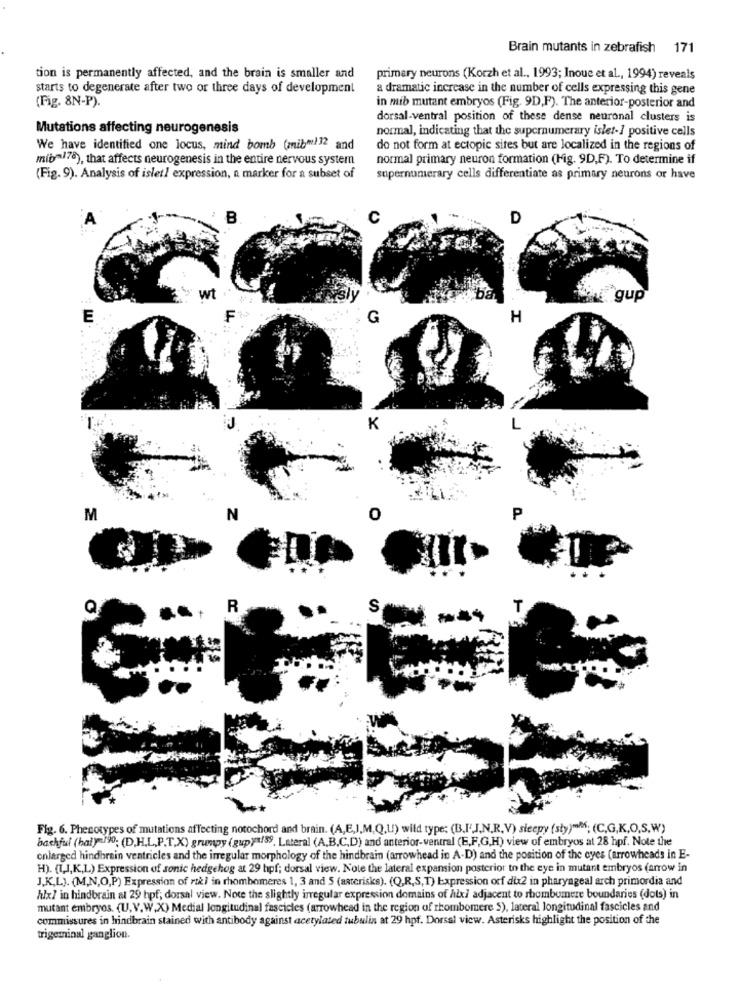
Brain mutants in zebrafish 171
tion is permanently affected, and the brain is smaller and
primary neurons (Korzh et al ., 1993; Inoue et al ., 1994) reveals
starts to degenerate after two or three days of development
a dramatic increase in the number of cells expressing this gene
(Fig. 8N-P).
in mib mutant embryos (Fig. 9D,F). The anterior-posterior and
dorsal-ventral position of these dense neuronal clusters is
Mutations affecting neurogenesis
normal, indicating that the supernumerary islet-1 positive cells
We have identified one locus, mind bomb (mibm)32 and
do not form at ectopic sites but are localized in the regions of
mibm178), that affects neurogenesis in the entire nervous system
normal primary neuron formation (Fig. 9D,F). To determine if
(Fig. 9). Analysis of islet/ expression, n marker for a subset of
supernumerary cells differentiate as primary neurons or have
C
D
wt
gup
E
LL
H
P
M
R
Fig. 6. Phenotypes of mutations affecting notochord and brain. (A,E,J,M,Q,U) wild type: (B.I',J.N.R.V) sieepy (sty)"; (C,G,K,O,S,W)
bashful (hal)-190; (D.H.L.P.T,X) grumpy (gup) /59. Lateral (A,B,C,D) and anterior-ventral (E,F,G,H) view of embryos at 28 hpf. Note the
enlarged hindbrain ventricles and the irregular morphology of the hindbrain (arrowhead in A-D) and the position of the eyes (arrowheads in E-
H). (T.J,K,L) Expression of sonic hedgehog at 29 hpf; dorsal view. Note the lateral expansion posterior to the eye in mutant embryos (arrow in
J.K.L). (M,N,O,P) Expression of riki in rhombomeres 1, 3 and 5 (asterisks). (Q),R,S,T) Expression orf dix2 in pharyngeal arch primordia and
hlx/ in hindbrain at 29 hpf; dorsal view. Note the slightly irregular expression domains of hlx/ adjacent to rhombumere boundaries (dots) in
mutant embryos. (U.V.W.X) Medial longitudinal fascicles (arrowhead in the region of rhombomere S), lateral longitudinal fascicles and
commissures in hindbrain stained with antibody against acetylated tubulin at 29 hpf. Dorsal view. Asterisks highlight the position of the
trigeminal ganglion.